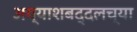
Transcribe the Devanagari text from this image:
अय्याशबद्दलच्या